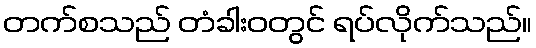
တက်စသည် တံခါးဝတွင် ရပ်လိုက်သည်။